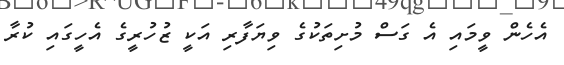
އެހެން ވީމައި އެ ގަސް މުށިތަކުގެ ވިޔަފާރި އަކީ ޒުހުރީގެ އެހީގައި ކުރާ